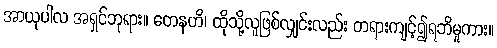
အာယုပါလ အရှင်ဘုရား။ တေနဟိ၊ ထိုသို့လူဖြစ်လျှင်းလည်း တရားကျင့်၍ရဘိမူကား။